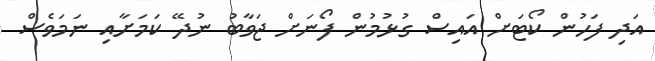
އަދި ފަހުން ކޯޓަށް އައިސް ގުޅުމުން ފޯނަށް ޖަވާބު ނުދޭ ކަމަށާއި ނަމަވެސް